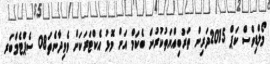
މޯލްޑިވްސް ކަޕް 2015ދަރިން ތަރުބިއްޔަތުކުރުން ބެކަމް އަށް މޮޅު އެކްޓަރަކަށް ވެވިދާނެތަ08 ސެޕްޓެމްބަރ